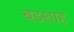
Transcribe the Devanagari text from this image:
बडशाह